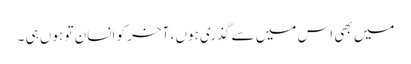
میں بھی اس میں سے گذری ہوں ، آخر کو انسان تو ہوں ہی ۔